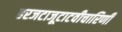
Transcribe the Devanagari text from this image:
हरजटाजूटाटवीचारिणी